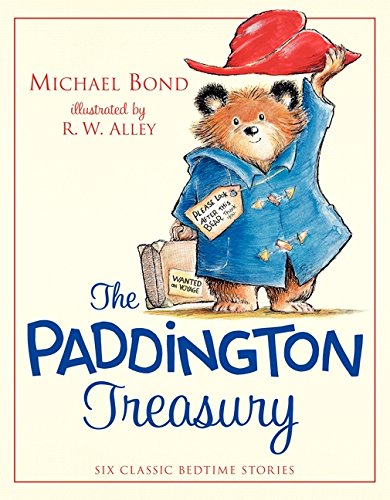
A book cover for The Paddington Treasury: Six Classic Bedtime Stories; Michael Bond; Children's Books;